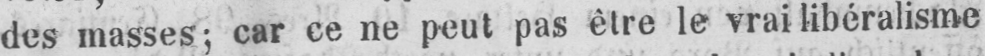
des masses; car ce ne peut pas être le vrai libéralisme